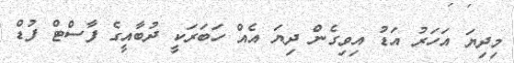
މިދިޔަ އަހަރު އަޑު އިވިގެން ދިޔަ އެއް ހަބަރަކީ ދުބާއީގެ ފާސްޓް ފުޑް